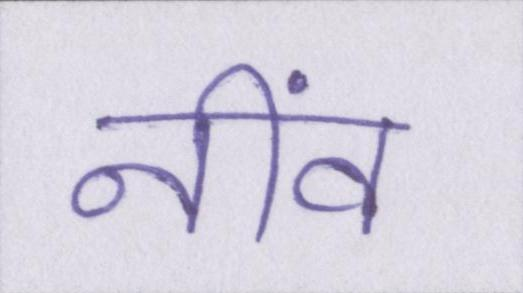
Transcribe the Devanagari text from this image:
नींव